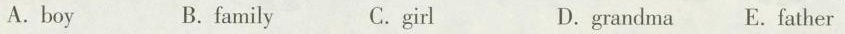
A.boy B. family C. Girl D.grandma E.Father